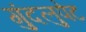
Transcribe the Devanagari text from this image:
गुंदलुपेट